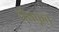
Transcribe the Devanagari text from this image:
संसकृत